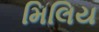
મિલિય